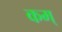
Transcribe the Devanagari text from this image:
कम्‌